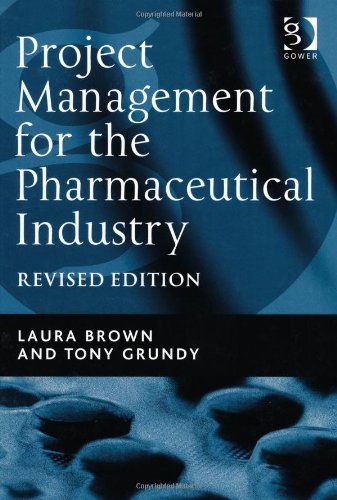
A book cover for Project Management for the Pharmaceutical Industry; Laura Brown; Computers & Technology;